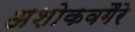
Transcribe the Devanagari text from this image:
अशोकवगैरे